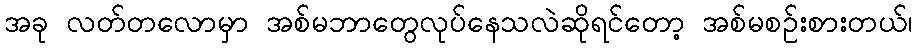
အခု လတ်တလောမှာ အစ်မဘာတွေလုပ်နေသလဲဆိုရင်တော့ အစ်မစဉ်းစားတယ်၊